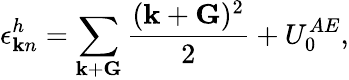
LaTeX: \epsilon_{{\mathbf k}n}^{h}=\sum_{{\mathbf k}+{\mathbf G}}\frac{({\mathbf k}+{\mathbf G})^{2}}{2}+U_{0}^{AE},